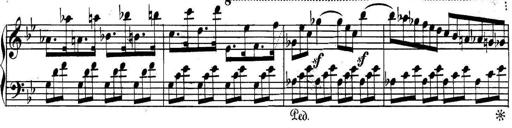
Title: Collected Piano Sonatas
Composer: Muzio Clementi